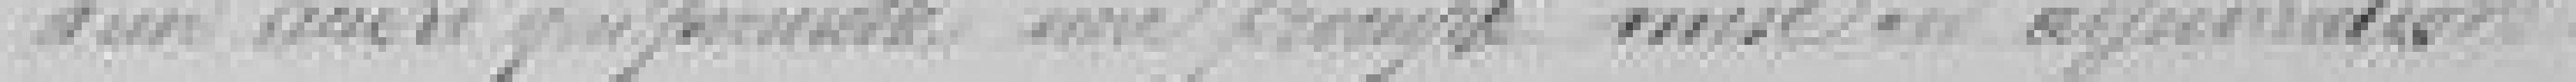
d'un nouvel ??? ????? mise en adjudication.